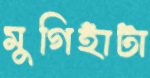
মুগিহাঁটা